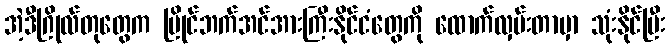
အဲ့ဒီဂြိုလ်တုတွေက ပြိုင်ဘက်အင်အားကြီးနိုင်ငံတွေကို ထောက်လှမ်းတာမှာ သုံးနိုင်ပြီး